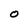
Character: O